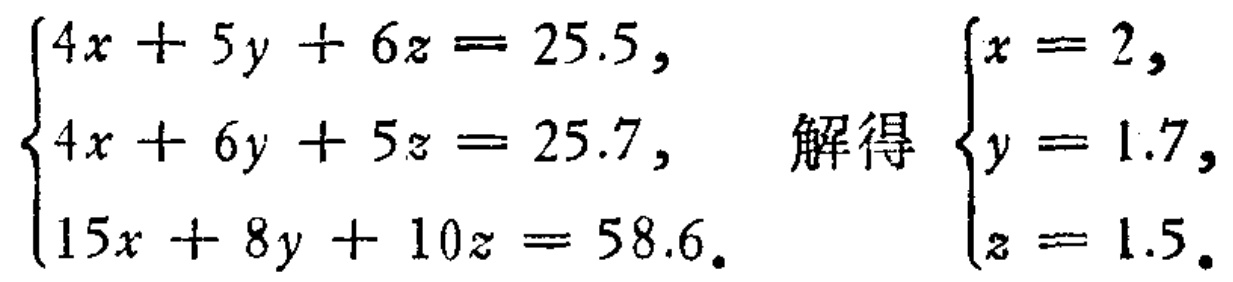
\(\begin{cases}4x + 5y + 6z = 25.5,\\4x + 6y + 5z = 25.7,\\15x + 8y + 10z = 58.6.\end{cases}\) 解得\(\begin{cases}x = 2,\\y = 1.7,\\z = 1.5.\end{cases}\)